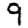
Digit: 9